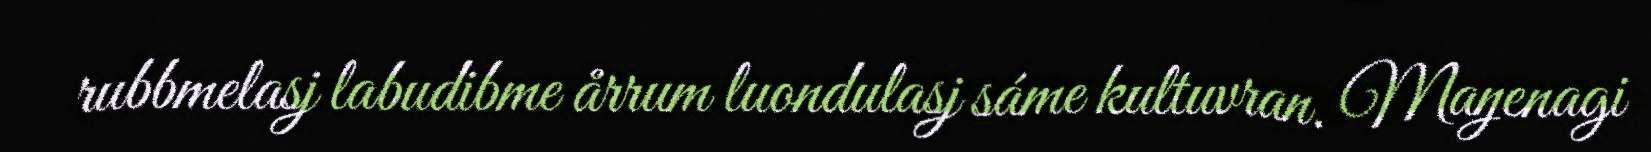
rubbmelasj labudibme årrum luondulasj sáme kultuvran. Maŋenagi